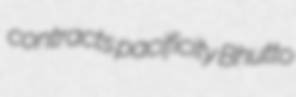
contracts pacificity Bhutto